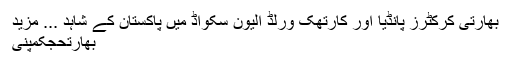
بھارتی کرکٹرز پانڈیا اور کارتھک ورلڈ الیون سکواڈ میں پاکستان کے شاہد ... مزید
بھارتحجکمپنی